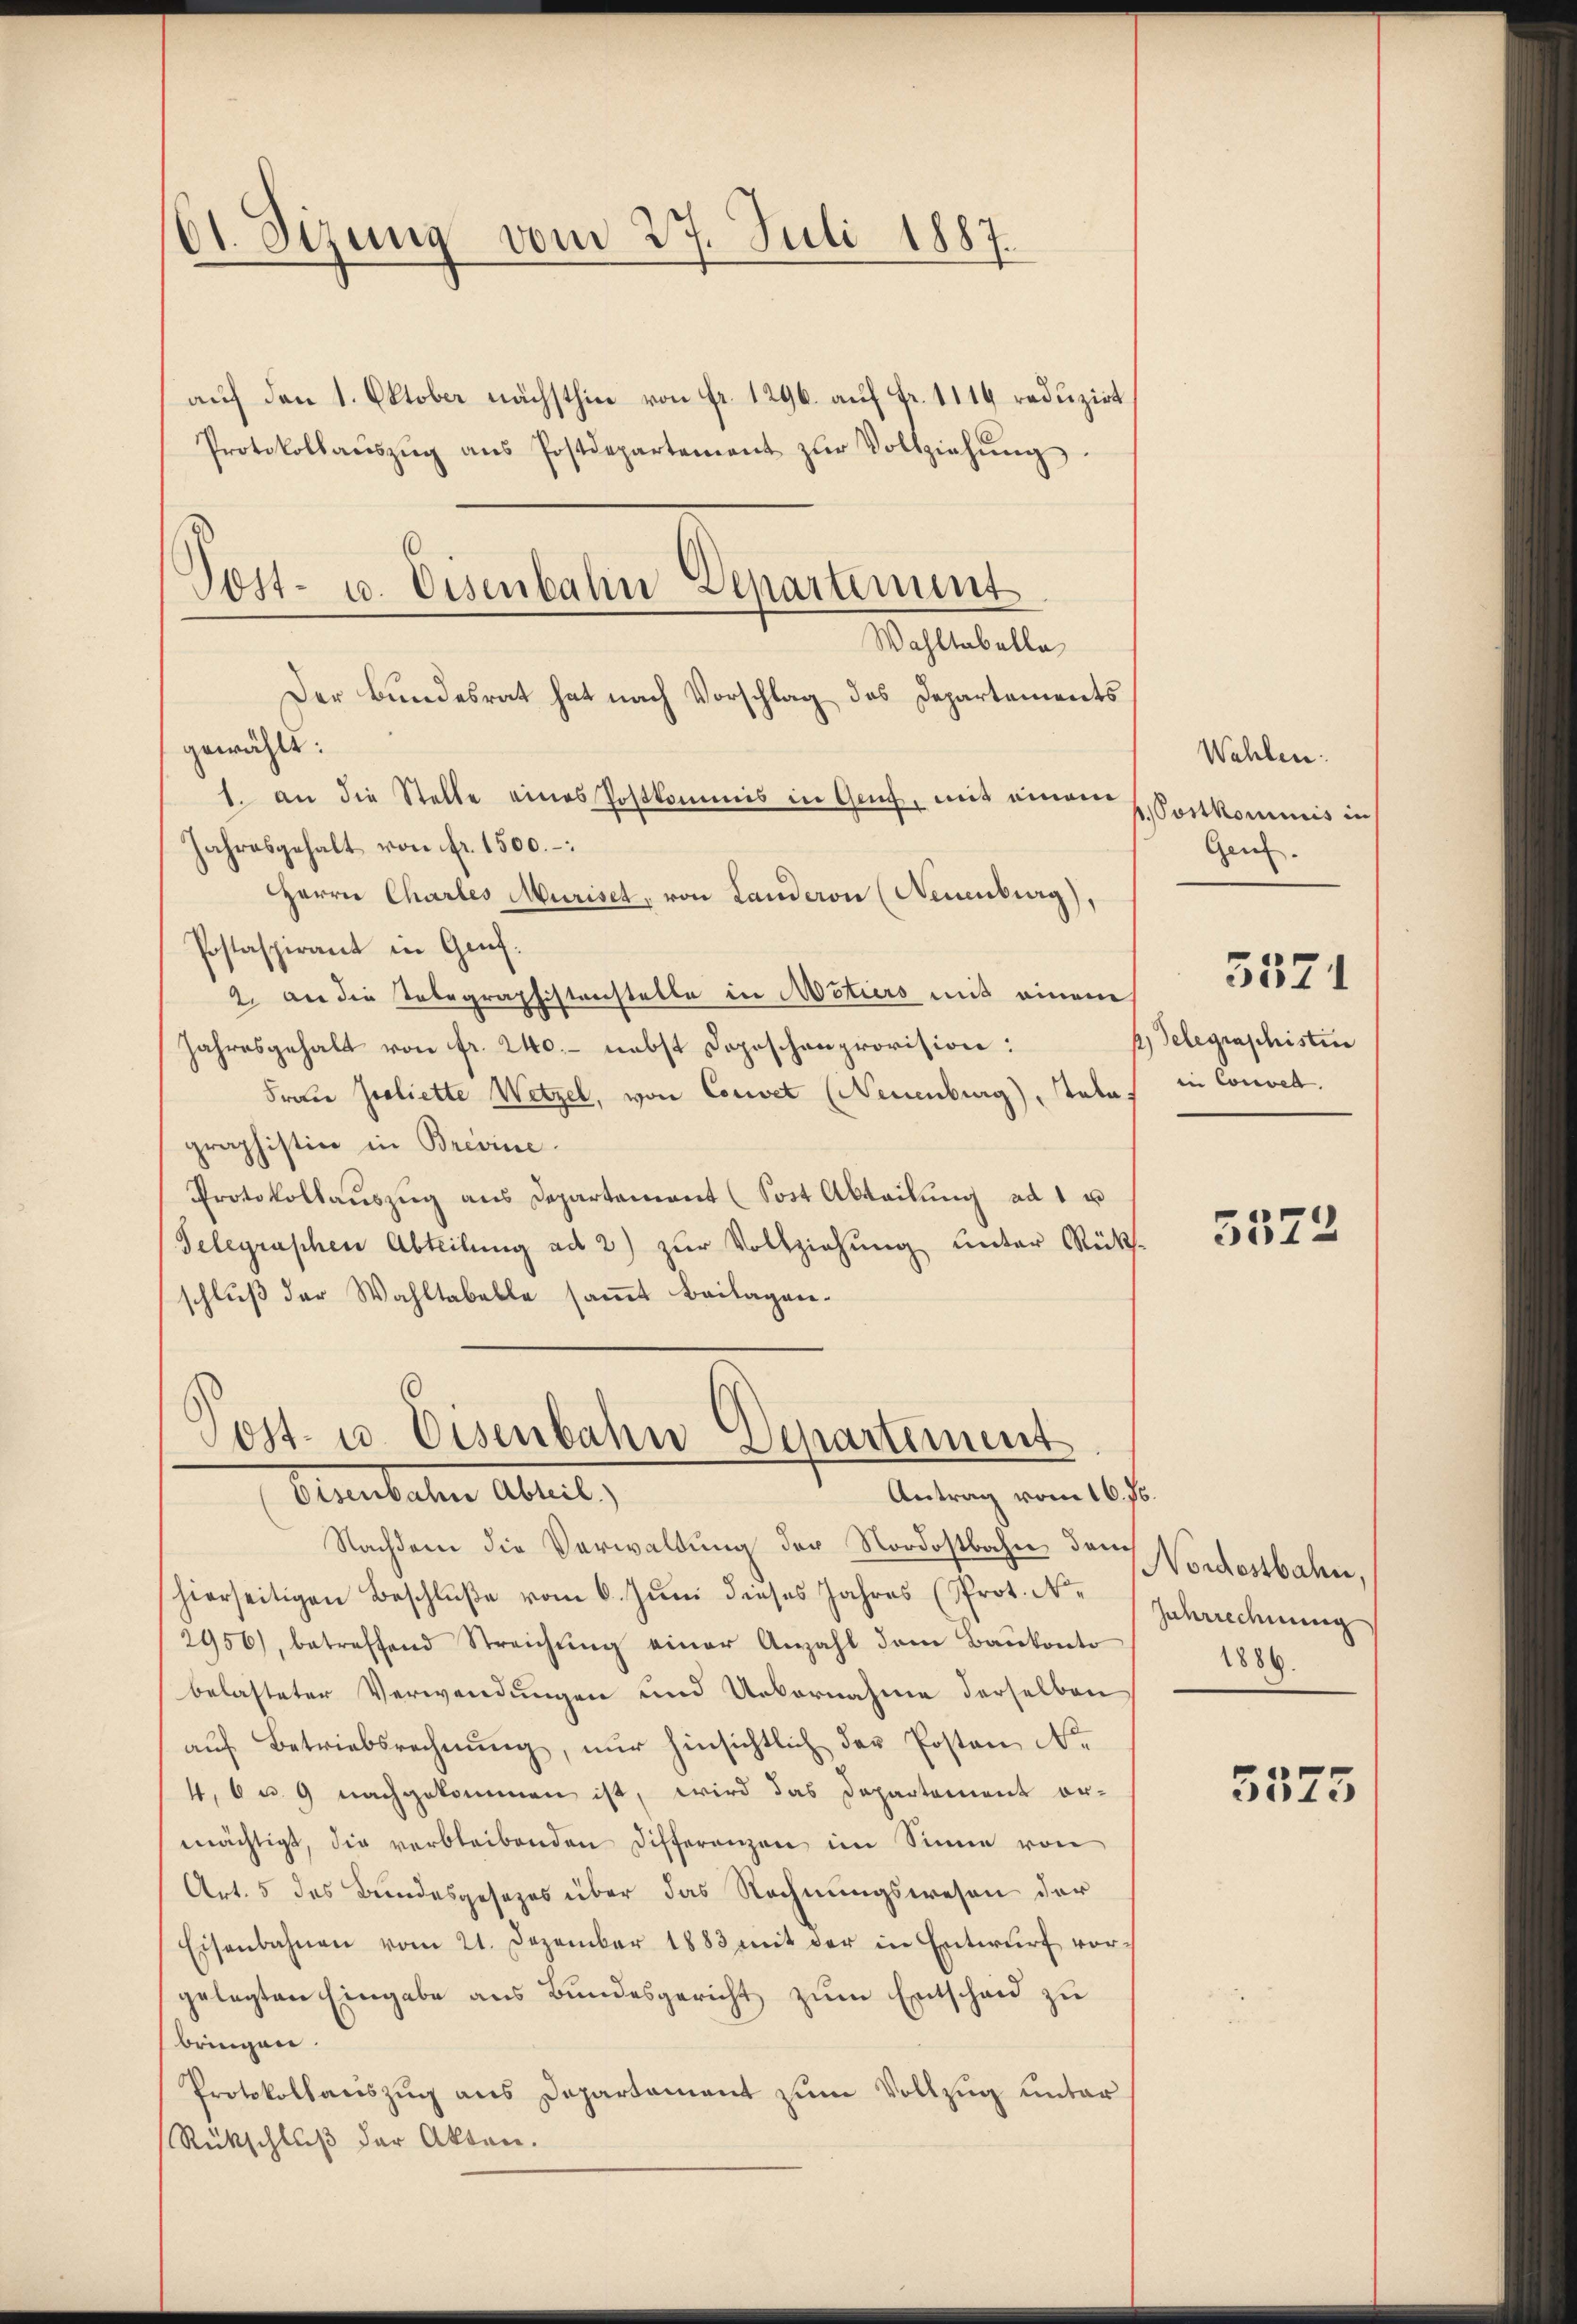
01. Sizung vom 27. Juli 1887.

6
Post- u. Eisenbahn Departement
Maftetele
Der Bundesrat hat nach Vorschlag des Departements

auf den 1. Oktober nächsthin von fr. 1296. auf Fr. 1119 reduzirt
Protokollaŭszŭg ans Postdepartement zŭr Vollziehŭng.
gewählt:
1. an die Stelle eines Postkommis in Genf, mit einem
Jahresgehalt von fr. 1500.-
Herrn Chartes Muriset, von Landeron (Neuenburg),
Postaspirant in Genf.
2. an die Telegraphistenstelle in Actiers mit einem
Jahresgehalt von fr. 240.- nebst Dopischenprovision:
Frau Geliette Wetzel, von Couvet (Neuenburg), Tala
graphistin in Brevine.
Protokollaŭszŭg ans Departement (Sost Abteilŭng ad 1 u
Telegraphen Abteilung ad 2) zŭr Vollziehung unter Rücks-
schlŭβ der Wahltabelle samt Beilagen.

Post. u. Eisenbahn Separtement
Bluntaten Alment,
Antrag vom 16. 76.

Nachdem die Verwaltung der Nordostbahn der Nordostbahne,
hierseitigen Beschlŭβe vom 6. Jŭni dieses Jahres (Prot. Nr. Jahrrechnŭng
2956), betreffend Streichŭng einer Anzahl dem Baukonto
belasteter Verwendungen und Uebernahme derselben
aŭf Betriebsrechnŭng, nur hinsichtlich der Posten No
4, 6 u. 9 nachgekommen ist, wird das Departement ormächtigt, die verbleibenden Differenzen im Sinne von
Art. 5 des Bundesgesezes über das Rechnungswesen der
Eisenbahnen vom 21. Dezember 1883 mit der in Entwŭrf vor-
gelegten Eingabe aus Bundesgericht zum Entscheid zu
bringen.
Protokollauszug aus Departement zum Vollzug unter
Rückschluß der Akten.

Wahlen:
p. Postkommnis in
Genf.

1) Telegraschisten
in Convel.

3571

5574

1886.

3575